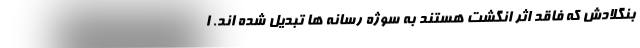
بنگلادش که فاقد اثر انگشت هستند به سوژه رسانه ها تبدیل شده اند. ا